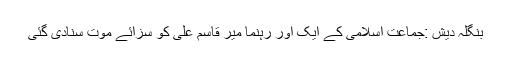
بنگلہ دیش :جماعت اسلامی کے ایک اور رہنما میر قاسم علی کو سزائے موت سنادی گئی